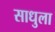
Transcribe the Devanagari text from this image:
साधुला